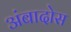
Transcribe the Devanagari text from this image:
अंबादोस